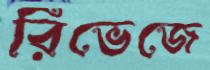
রিভেজে